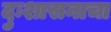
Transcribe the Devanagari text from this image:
दुःशासनाचा